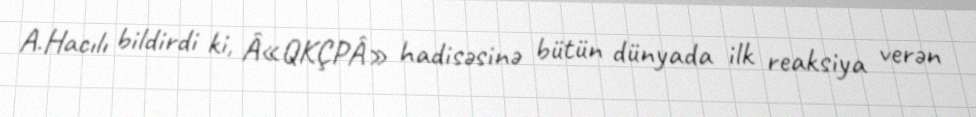
A.Hacılı bildirdi ki, Â«QKÇPÂ» hadisəsinə bütün dünyada ilk reaksiya verən